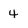
Character: 4